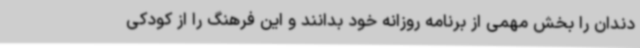
دندان را بخش مهمی‌ از برنامه روزانه خود بدانند و این فرهنگ را از کودکی